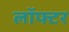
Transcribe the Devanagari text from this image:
लॉफ्टर